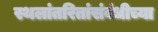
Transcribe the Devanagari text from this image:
स्थलांतरितांसंबंधीच्या